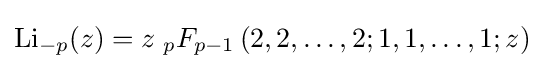
\operatorname {Li} _{-p}(z)=z\;{}_{p}F_{p-1}\left(2,2,\ldots ,2;1,1,\ldots ,1;z\right)